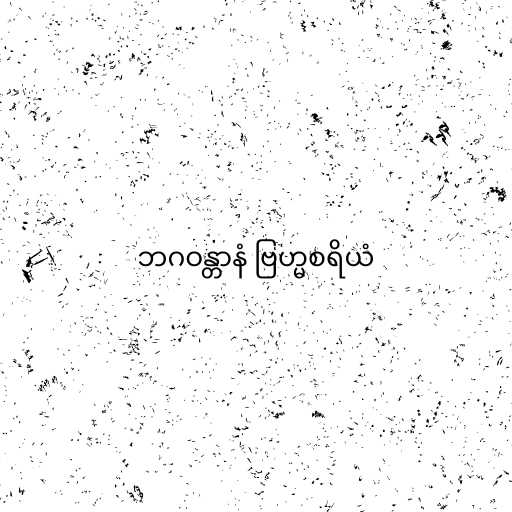
ဘဂဝန္တာနံ ဗြဟ္မစရိယံ